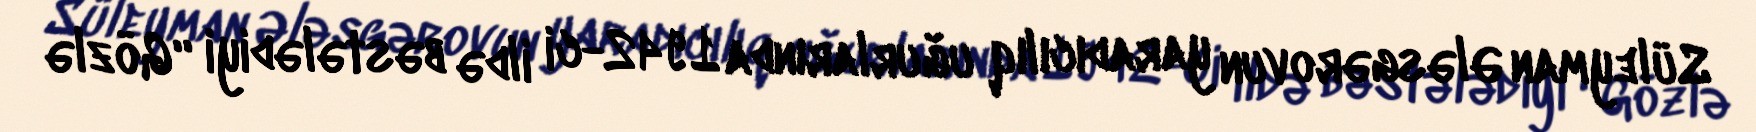
Süleyman Ələsgərovun yaradıcılıq uğurlarında 1942-ci ildə bəstələdiyi “Gözlə